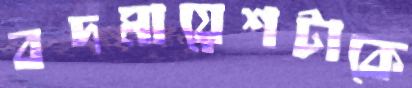
বদমায়েশটাকে